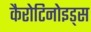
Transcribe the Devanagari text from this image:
कैरोटिनोइड्स